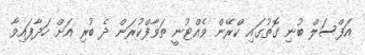
އަފްސަލް ބުނި ގޮތުގައި ކްރޭން ވެއްޓުނީ ތަވާފްކުރަން ދެ ބުރި އަށް ހަދާފައިވާ